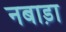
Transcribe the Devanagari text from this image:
नबाड़ा